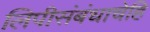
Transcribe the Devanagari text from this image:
लिपीसंबंधाचेहि